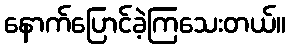
နောက်ပြောင်ခဲ့ကြသေးတယ်။